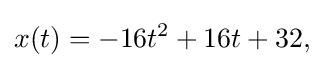
x(t)=-16t^{2}+16t+32,\,\!